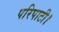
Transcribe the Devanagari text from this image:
परिपाटी।